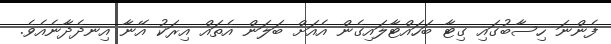
ފެންނަ ހިސާބުގައި ގިޓާ ބަހައްޓާލައިގެން އެއަށް ބަލަން އެތައް އިރަކު އޭނާ އިނދެދާނެއެވެ.